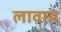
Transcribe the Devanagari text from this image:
लावाय